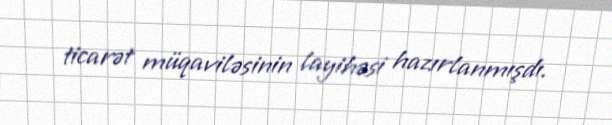
ticarət müqaviləsinin layihəsi hazırlanmışdı.